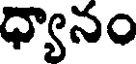
ధ్యానం